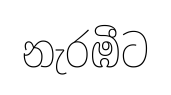
නැරඹීට